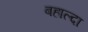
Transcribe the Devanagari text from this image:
बहाल्दा